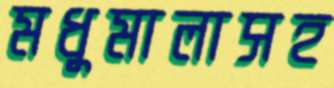
মধুমালাসহ